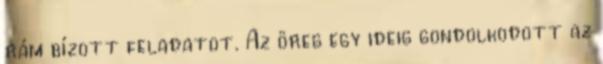
rám bízott feladatot. Az öreg egy ideig gondolkodott az